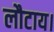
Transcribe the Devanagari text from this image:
लौटाय।